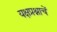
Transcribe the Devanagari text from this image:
यक्षप्रश्नाचें